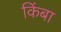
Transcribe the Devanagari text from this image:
किंबा